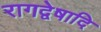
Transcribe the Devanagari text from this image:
रागद्वेषादि